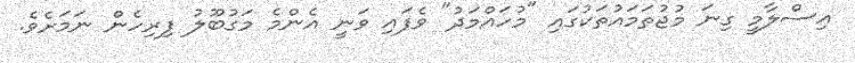
އިސްލާމީ ގިނަ މުޖުތަމައުތަކުގައި "މުހައްމަދު" ވެފައި ވަނީ އެންމެ މަގުބޫލު ފިރިހެން ނަމަށެވެ.